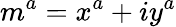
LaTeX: m^{a}=x^{a}+iy^{a}